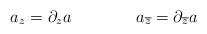
LaTeX: \begin{align*}a_z=\partial _za\qquad \qquad a_{\overline{z}}=\partial _{\overline{z}}a\end{align*}